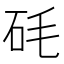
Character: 𥐽